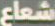
شعاع